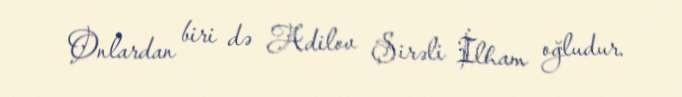
Onlardan biri də Adilov Şirəli İlham oğludur.